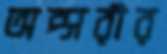
অপ্সরীর